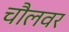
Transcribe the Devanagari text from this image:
चौलवर